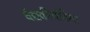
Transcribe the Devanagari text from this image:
वैद्यकीयविमा